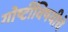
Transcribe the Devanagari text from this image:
गोष्टींविषयीचे